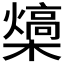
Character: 𪴍